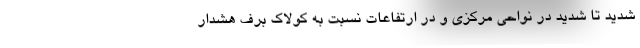
شدید تا شدید در نواحی مرکزی و در ارتفاعات نسبت به کولاک برف هشدار